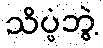
သိပ္ပံဘွဲ့